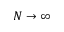
N \rightarrow \infty